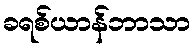
ခရစ်ယာန်ဘာသာ